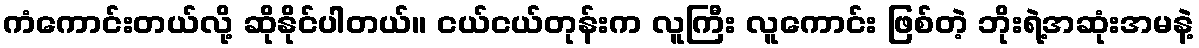
ကံကောင်းတယ်လို့ ဆိုနိုင်ပါတယ်။ ငယ်ငယ်တုန်းက လူကြီး လူကောင်း ဖြစ်တဲ့ ဘိုးရဲ့အဆုံးအမနဲ့